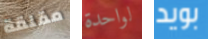
مقلقة لواحدة بويد